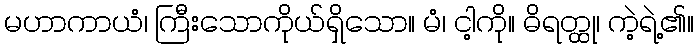
မဟာကာယံ၊ ကြီးသောကိုယ်ရှိသော။ မံ၊ ငါ့ကို။ ဓိရတ္ထု၊ ကဲ့ရဲ့၏။